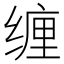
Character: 缠